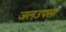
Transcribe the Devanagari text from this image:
जलउपसा